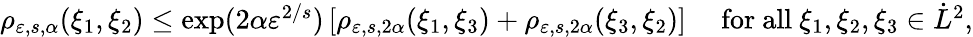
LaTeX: \begin{array}{r}{\rho_{\varepsilon,s,\alpha}(\xi_{1},\xi_{2})\leq\exp(2\alpha\varepsilon^{2/s})\left[\rho_{\varepsilon,s,2\alpha}(\xi_{1},\xi_{3})+\rho_{\varepsilon,s,2\alpha}(\xi_{3},\xi_{2})\right]\quad\mathrm{~for~all~}\xi_{1},\xi_{2},\xi_{3}\in\dot{L}^{2},}\end{array}